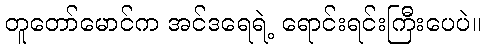
တူတော်မောင်က အင်ဒရေရဲ့ ရောင်းရင်းကြီးပေပဲ။